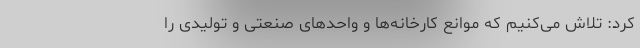
کرد: تلاش می‌کنیم که موانع کارخانه‌ها و واحدهای صنعتی و تولیدی را